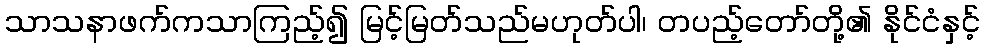
သာသနာဖက်ကသာကြည့်၍ မြင့်မြတ်သည်မဟုတ်ပါ၊ တပည့်တော်တို့၏ နိုင်ငံနှင့်